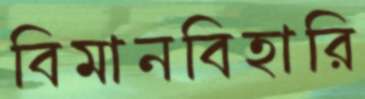
বিমানবিহারি